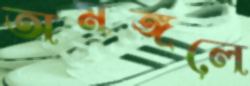
অমঙ্গলে